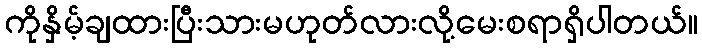
ကိုနှိမ့်ချထားပြီးသားမဟုတ်လားလို့မေးစရာရှိပါတယ်။